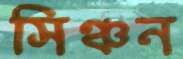
সিঞ্চন